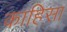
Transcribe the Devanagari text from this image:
काहिसा